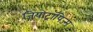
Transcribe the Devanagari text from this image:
जियोट्रॉपिज़्म